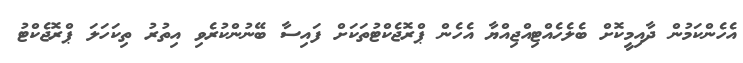
އެހެންކަމުން ދާއިމީކޮށް ބެލެހެއްޓިއްޖިއްޔާ އެހެން ޕްރޮޖެކްޓުތަކަށް ފައިސާ ބޭނުންކުރެވި އިތުރު ތިކަހަލަ ޕްރޮޖެކްޓު